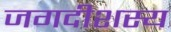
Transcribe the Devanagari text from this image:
जगदीशस्य